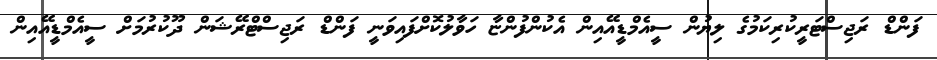
ފަންޑް ރަޖިސްޓަރީކުރިކަމުގެ ލިޔުން ސީއެމްޑީއޭއިން އެކުންފުންޏާ ހަވާލުކޮށްފައިވަނީ ފަންޑް ރަޖިސްޓްރޭޝަން ދޫކުރުމަށް ސީއެމްޑީއޭއިން